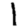
Digit: 1